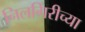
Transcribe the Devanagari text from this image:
निलगिरीच्‍या